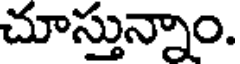
చూస్తున్నాం.